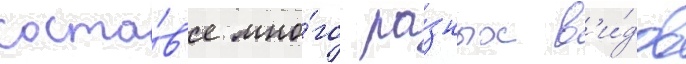
соста́в'е мно́го ра́зных в'и́дов